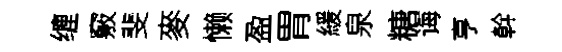
缠竅斐麥懒盈胃緩泉糖诲亨幹